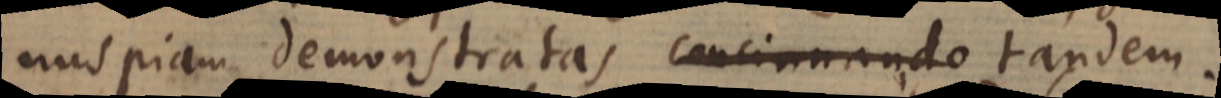
nuspiam demonstratas, tandem